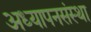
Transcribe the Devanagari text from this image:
अध्यापनसंस्था